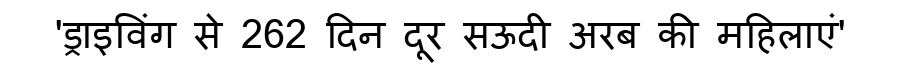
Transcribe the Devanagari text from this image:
'ड्राइविंग से 262 दिन दूर सऊदी अरब की महिलाएं'